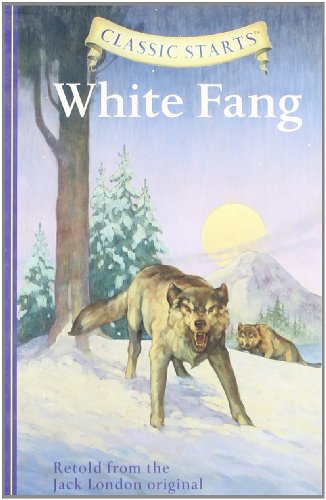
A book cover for White Fang (Classic Starts Series); Jack London; Children's Books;